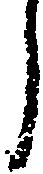
へ